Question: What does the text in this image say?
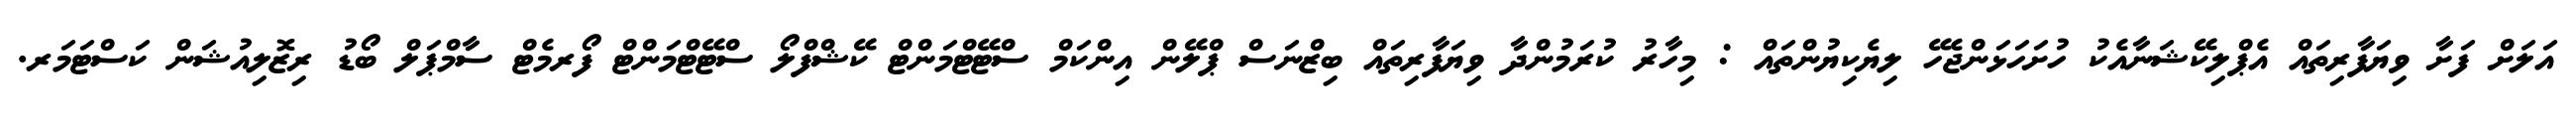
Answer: އަލަށް ފަށާ ވިޔަފާރިތައް އެޕްލިކޭޝަނާއެކު ހުށަހަޅަންޖެހޭ ލިޔެކިޔުންތައް : މިހާރު ކުރަމުންދާ ވިޔަފާރިތައް ބިޒްނަސް ޕްލޭން އިންކަމް ސްޓޭޓްމަންޓް ކޭޝްފްލޯ ސްޓޭޓްމަންޓް ފޯރމެޓް ސާމްޕަލް ބޯޑު ރިޒޮލިއުޝަން ކަސްޓަމަރ.